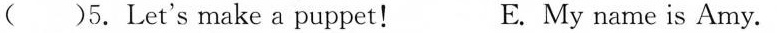
5.Let's make a puppet! E. My name is Amy.